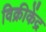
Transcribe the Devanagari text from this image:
विक्रीकेंद्र